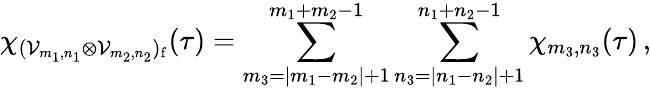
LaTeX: \chi_{({\cal V}_{m_{1},n_{1}}\otimes{\cal V}_{m_{2},n_{2}})_{\mathrm f}}(\tau)=\sum_{m_{3}=|m_{1}-m_{2}|+1}^{m_{1}+m_{2}-1}\sum_{n_{3}=|n_{1}-n_{2}|+1}^{n_{1}+n_{2}-1}\chi_{m_{3},n_{3}}(\tau)\, ,